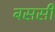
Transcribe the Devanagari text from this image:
बससी